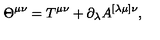
\Theta ^ { \mu \nu } = T ^ { \mu \nu } + \partial _ { \lambda } A ^ { [ \lambda \mu ] \nu } ,